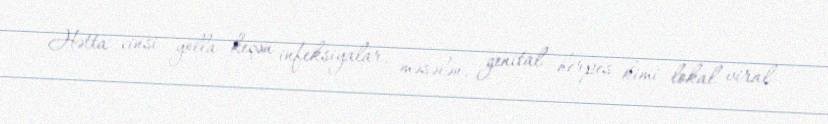
Hətta cinsi yolla keçən infeksiyalar, məsələn, genital herpes kimi lokal viral